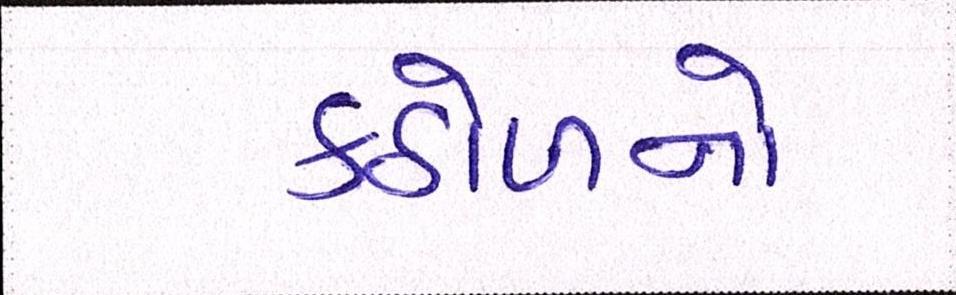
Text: કઠોળનો